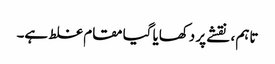
تاہم ، نقشے پر دکھایا گیا مقام غلط ہے۔